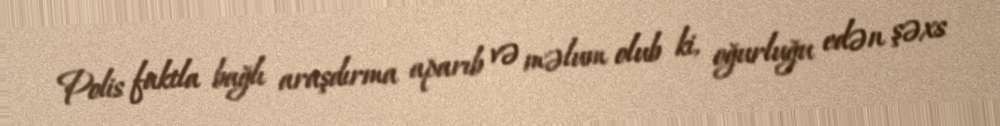
Polis faktla bağlı araşdırma aparıb və məlum olub ki, oğurluğu edən şəxs